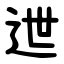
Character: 迣